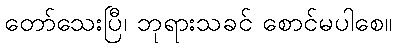
တော်သေးပြီ၊ ဘုရားသခင် စောင်မပါစေ။